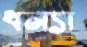
ধন্যা